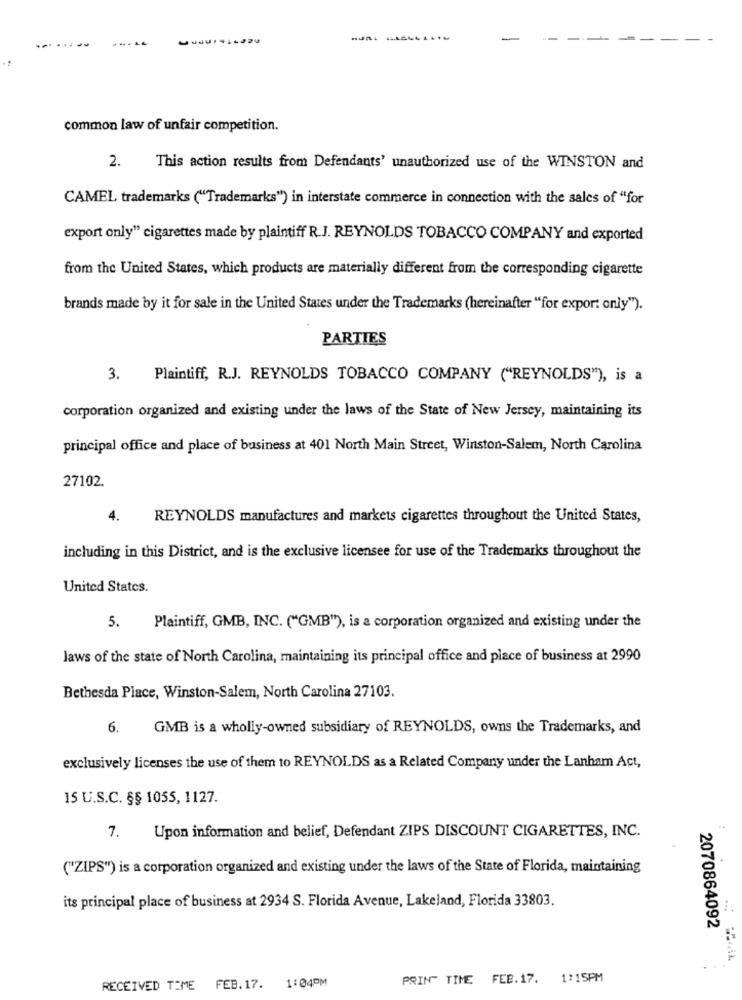
...
-
common law of unfair competition.
2.
This action results from Defendants' unauthorized use of the WINSTON and
CAMEL trademarks ("Trademarks") in interstate commerce in connection with the sales of "for
export only" cigarettes made by plaintiff R.J. REYNOLDS TOBACCO COMPANY and exported
from the United States, which products are materially different from the corresponding cigarette
brands made by it for sale in the United States under the Trademarks (hereinafter "for expor: only").
PARTIES
3.
Plaintiff, R.J. REYNOLDS TOBACCO COMPANY ("REYNOLDS"), is a
corporation organized and existing under the laws of the State of New Jersey, maintaining its
principal office and place of business at 401 North Main Street, Winston-Salem, North Carolina
27102
4.
REYNOLDS manufactures and markets cigarettes throughout the United States,
including in this District, and is the exclusive licensee for use of the Trademarks throughout the
United States.
5.
Plaintiff, GMB, INC. ("GMB"), is a corporation organized and existing under the
laws of the state of North Carolina, maintaining its principal office and place of business at 2990
Bethesda Place, Winston-Salem, North Carolina 27103.
6.
GMB is a wholly-owned subsidiary of REYNOLDS, owns the Trademarks, and
exclusively licenses the use of them to REYNOLDS as a Related Company under the Lanham Act,
15 U.S.C. §§ 1055, 1127.
Upon information and belief, Defendant ZIPS DISCOUNT CIGARETTES, INC.
7.
("ZIPS") is a corporation organized and existing under the laws of the State of Florida, maintaining
its principal place of business at 2934 S. Florida Avenue, Lakeland, Florida 33803.
2070864092
1:04PM
PRIN" TIME FEB.17. 1:15PM
RECEIVED TIME FEB. 17.